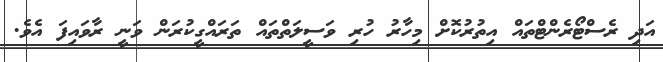
އަދި ރެސްޓޯރެންޓްތައް އިތުރުކޮށް މިހާރު ހުރި ވަސީލަތްތައް ތަރައްގީކުރަން ވަނީ ރާވައިފަ އެވެ.